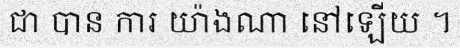
ជា បាន ការ យ៉ាងណា នៅឡើយ ។